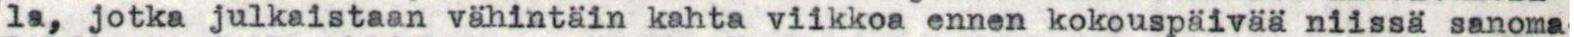
la, jotka julkaistaan vähintäin kahta viikkoa ennen kokouspäivää niissä sanoma